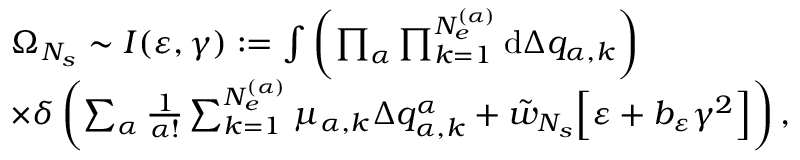
\begin{array} { r l } & { \Omega _ { N _ { s } } \sim I ( \varepsilon , \gamma ) : = \int { \left( \prod _ { \alpha } \prod _ { k = 1 } ^ { N _ { e } ^ { ( \alpha ) } } { \mathrm { d } \Delta q _ { \alpha , k } } \right) } } \\ & { \times \delta \left( \sum _ { \alpha } \frac { 1 } { \alpha ! } \sum _ { k = 1 } ^ { N _ { e } ^ { ( \alpha ) } } { \mu _ { \alpha , k } \Delta q _ { \alpha , k } ^ { \alpha } } + \tilde { w } _ { N _ { s } } \Big [ \varepsilon + b _ { \varepsilon } \gamma ^ { 2 } \Big ] \right) , } \end{array}